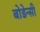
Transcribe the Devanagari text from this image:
बोडेन्सी